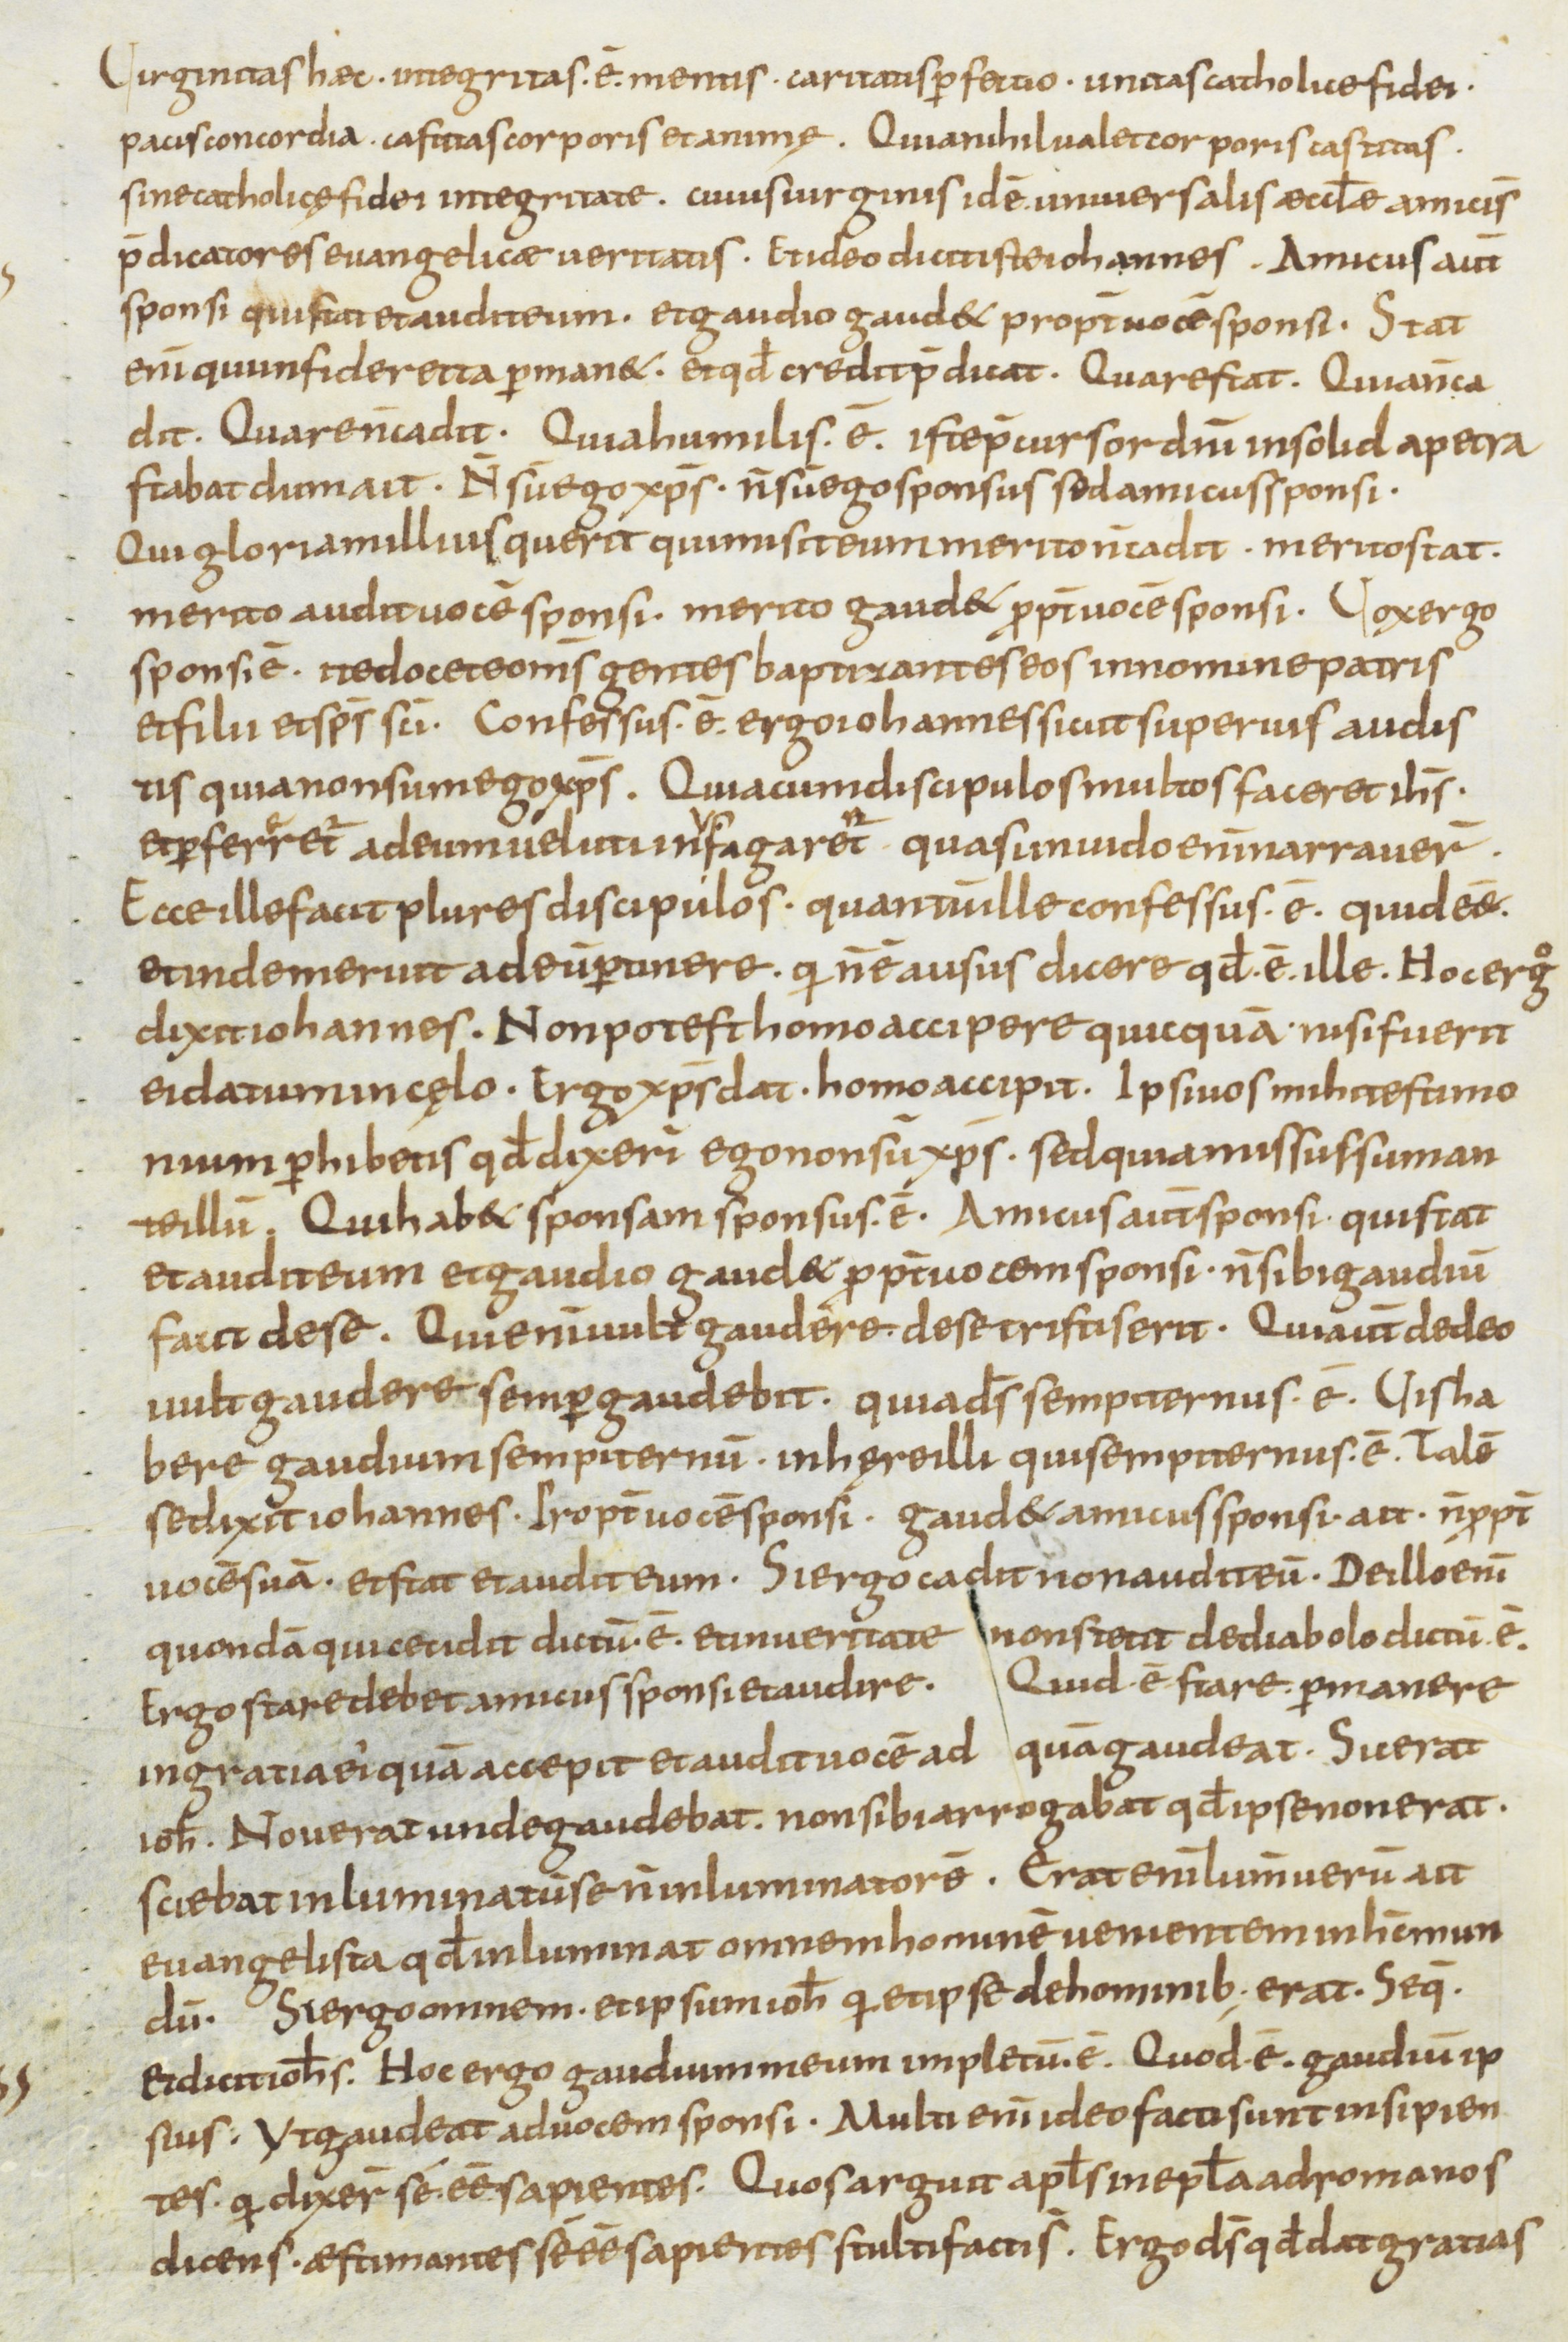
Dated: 800–899